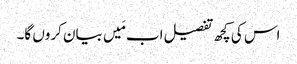
اس کی کچھ تفصیل اب مَیں بیان کروں گا۔